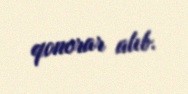
qonorar alıb.